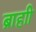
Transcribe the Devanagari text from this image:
ब्राहाी